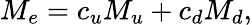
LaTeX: M_{e}=c_{u}M_{u}+c_{d}M_{d},